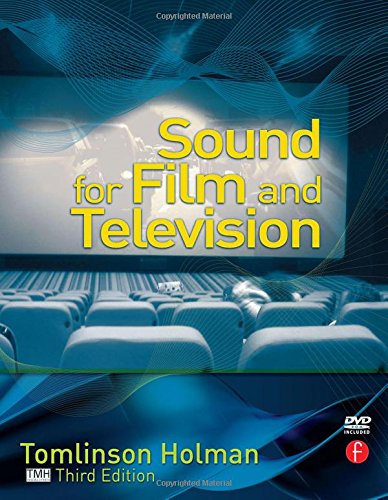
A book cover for Sound for Film and Television; Tomlinson Holman; Humor & Entertainment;